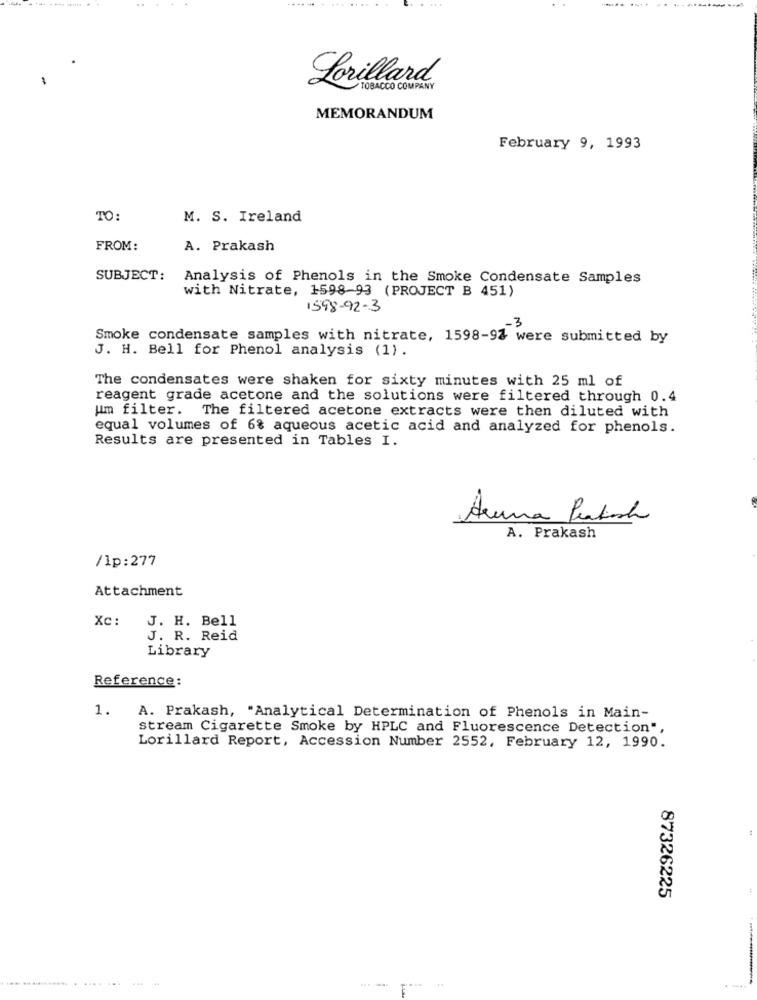
-------
Lorillard
TOBACCO COMPANY
MEMORANDUM
February 9, 1993
TO:
M. S. Ireland
FROM:
A. Prakash
SUBJECT:
Analysis of Phenols in the Smoke Condensate Samples
with Nitrate, 1598-93 (PROJECT B 451)
1598-92-3
-3
Smoke condensate samples with nitrate, 1598-97 were submitted by
J. H. Bell for Phenol analysis (1) .
The condensates were shaken for sixty minutes with 25 ml of
reagent grade acetone and the solutions were filtered through 0.4
um filter. The filtered acetone extracts were then diluted with
equal volumes of 6% aqueous acetic acid and analyzed for phenols.
Results are presented in Tables I.
Arena Polish
A. Prakash
/lp:277
Attachment
Xc:
J. H. Bell
J. R. Reid
Library
Reference:
1.
A. Prakash, "Analytical Determination of Phenols in Main-
stream Cigarette Smoke by HPLC and Fluorescence Detection",
Lorillard Report, Accession Number 2552, February 12, 1990.
87326225
...
...